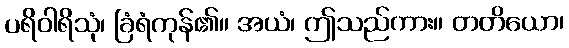
ပရိဝါရိသုံ၊ ခြံရံကုန်၏။ အယံ၊ ဤသည်ကား။ တတိယော၊